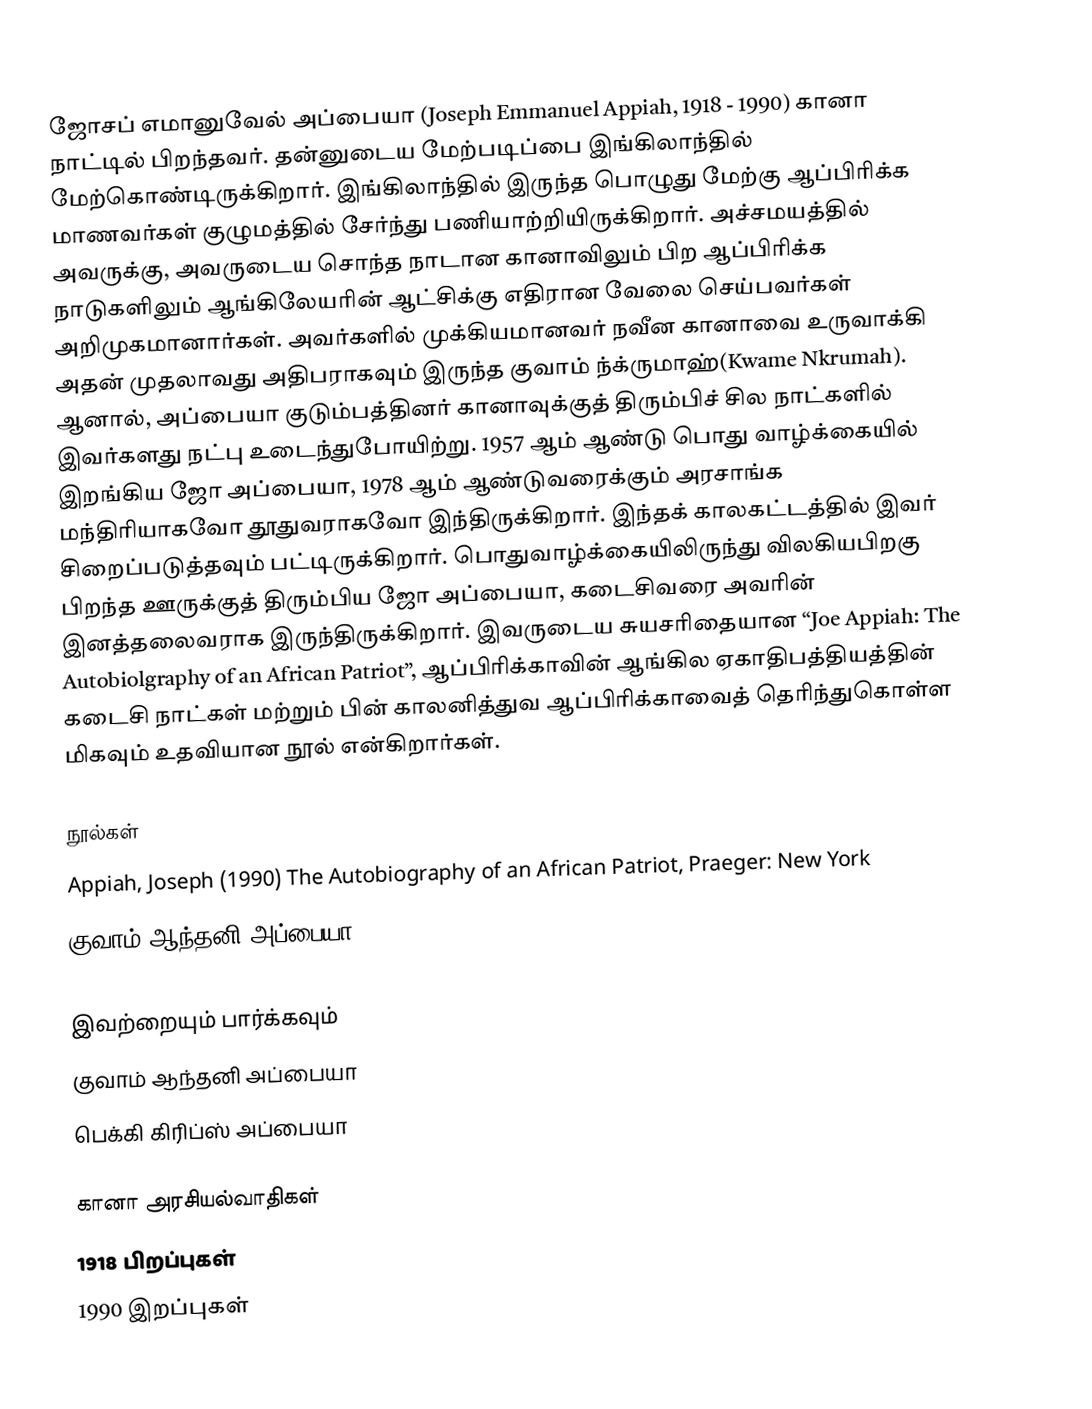
ஜோசப் எமானுவேல் அப்பையா (Joseph Emmanuel Appiah, 1918 - 1990) கானா நாட்டில் பிறந்தவர். தன்னுடைய மேற்படிப்பை இங்கிலாந்தில் மேற்கொண்டிருக்கிறார். இங்கிலாந்தில் இருந்த பொழுது மேற்கு ஆப்பிரிக்க மாணவர்கள் குழுமத்தில் சேர்ந்து பணியாற்றியிருக்கிறார். அச்சமயத்தில் அவருக்கு, அவருடைய சொந்த நாடான கானாவிலும் பிற ஆப்பிரிக்க நாடுகளிலும் ஆங்கிலேயரின் ஆட்சிக்கு எதிரான வேலை செய்பவர்கள் அறிமுகமானார்கள். அவர்களில் முக்கியமானவர் நவீன கானாவை உருவாக்கி அதன் முதலாவது அதிபராகவும் இருந்த குவாம் ந்க்ருமாஹ்(Kwame Nkrumah). ஆனால், அப்பையா குடும்பத்தினர் கானாவுக்குத் திரும்பிச் சில நாட்களில் இவர்களது நட்பு உடைந்துபோயிற்று. 1957 ஆம் ஆண்டு பொது வாழ்க்கையில் இறங்கிய ஜோ அப்பையா, 1978 ஆம் ஆண்டுவரைக்கும் அரசாங்க மந்திரியாகவோ தூதுவராகவோ இந்திருக்கிறார். இந்தக் காலகட்டத்தில் இவர் சிறைப்படுத்தவும் பட்டிருக்கிறார். பொதுவாழ்க்கையிலிருந்து விலகியபிறகு பிறந்த ஊருக்குத் திரும்பிய ஜோ அப்பையா, கடைசிவரை அவரின் இனத்தலைவராக இருந்திருக்கிறார். இவருடைய சுயசரிதையான “Joe Appiah: The Autobiolgraphy of an African Patriot”, ஆப்பிரிக்காவின் ஆங்கில ஏகாதிபத்தியத்தின் கடைசி நாட்கள் மற்றும் பின் காலனித்துவ ஆப்பிரிக்காவைத் தெரிந்துகொள்ள மிகவும் உதவியான நூல் என்கிறார்கள்.

நூல்கள்
Appiah, Joseph (1990) The Autobiography of an African Patriot, Praeger: New York
குவாம் ஆந்தனி அப்பையா (1993) In My Father's House: Africa in the Philosophy of Culture, OUP: New York

இவற்றையும் பார்க்கவும்
குவாம் ஆந்தனி அப்பையா
பெக்கி கிரிப்ஸ் அப்பையா

கானா அரசியல்வாதிகள்
1918 பிறப்புகள்
1990 இறப்புகள்